system: You are a helpful assistant.
user:
Analyze the provided spectrum to determine if it is a **S-type Star**.

- **Key Indicators for S-type Star:**

    - **(Overall Spectrum Shape):** The first and most obvious characteristic is the overall continuum (the "baseline" shape). It is **extremely "red-sloping,"** meaning the flux (light intensity) is very low on the left side (blue, ~4000-4500 Å) and rises steeply and continuously toward the right side (red, ~7000 Å+).

    - **(Primary):** The spectrum is defined by the presence of strong, broad molecular absorption "valleys" (bands) from **Zirconium Oxide (ZrO)**. The identification of these bands is the **primary requirement** for classifying a star as S-type.
        - **(Key Bandheads):** You must find distinct, deep "dips" where the light has been absorbed. The most critical band systems to locate are:
            - **~6474 Å** ($\gamma$-system): This is often the strongest and clearest ZrO feature, found in the red part of the spectrum.
            - **~5718 Å** & **~5551 Å** ($\beta$-system): A pair of prominent absorption features in the yellow-orange part of the spectrum.
            - **~4640 Å** ($\alpha$-system): A key absorption band system in the blue-green region of the spectrum.

    - **(Secondary Confirmation):** The classification is strengthened by finding additional absorption bands from other related heavy element oxides, which are expected to be present alongside ZrO.
        - **(Key Bandheads):**
            - **Yttrium Oxide (YO):** Look for absorption dips near **~4800 Å** and **~6100 Å**.
            - **Lanthanum Oxide (LaO):** Additional absorption features, particularly in the red-orange part of the spectrum, are also characteristic.

    - **(Line Profile):** The combination of the steep red continuum and these numerous, deep molecular bands (ZrO, YO, etc.) gives the entire spectrum a very **"chopped-up"** or **"bumpy"** appearance. Instead of a smooth curve, the spectrum looks as though large, wide chunks of light have been "carved out" of it at the specific wavelengths listed above.

Think first, call **spectral_visualization_tool** if needed to examine features in detail, then provide your final answer. Your response must adhere to the following strict rules:
1.  **Overall Structure:** Your response must follow the format `<think>...</think> <tool_call>...</tool_call> (if a tool is used) <answer>...</answer>`.
2.  **Tool Usage Constraint:** You may only make **one** tool call per turn.
3.  **Final Answer Format:** In the `<answer>` tag, your conclusion must be inside a `\boxed{}` command (e.g., `\boxed{YES}` or `\boxed{NO}`), followed by your justification.

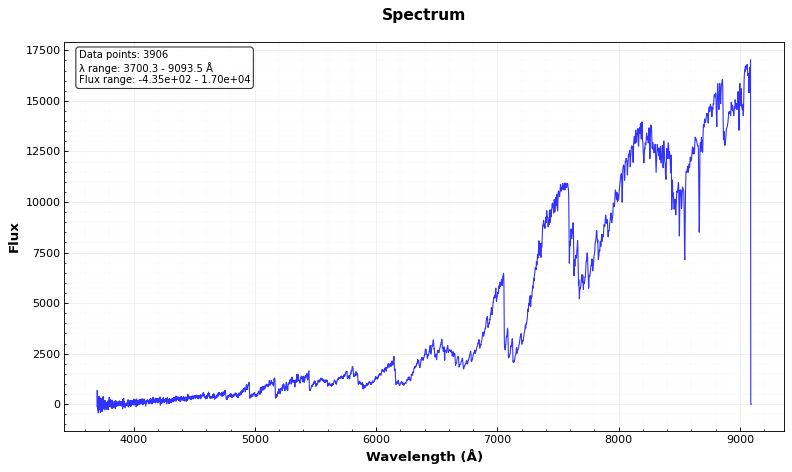
Answer: YES